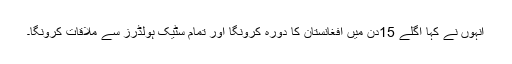
انہوں نے کہا اگلے 15دن میں افغانستان کا دورہ کرونگا اور تمام سٹیک ہولڈرز سے ملاقات کرونگا۔